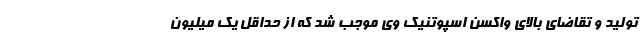
تولید و تقاضای بالای واکسن اسپوتنیک وی موجب شد که از حداقل یک میلیون